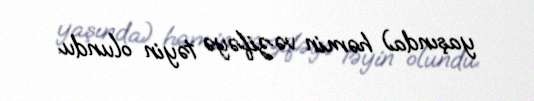
yaşında) həmin vəzifəyə təyin olundu.